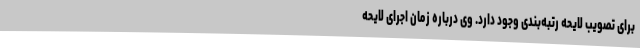
برای تصویب لایحه رتبه‌بندی وجود دارد. وی درباره زمان اجرای لایحه